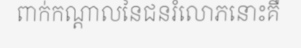
ពាក់កណ្តាលនៃជនរំលោភនោះគឺ